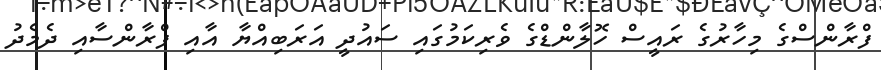
ފްރާންސްގެ މިހާރުގެ ރައީސް ހޮލާންޑްގެ ވެރިކަމުގައި ސައުދީ އަރަބިއްޔާ އާއި ފްރާންސާއި ދެމެދު